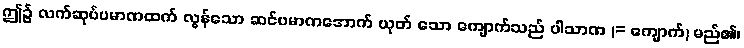
ဤ၌ လက်ဆုပ်ပမာဏထက် လွန်သော ဆင်ပမာဏအောက် ယုတ် သော ကျောက်သည် ပါသာဏ (= ကျောက်) မည်၏၊